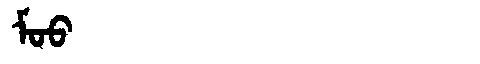
Manchu: ᠮᠣᠣ
Romanization: MOO